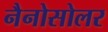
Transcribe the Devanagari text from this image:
नैनोसोलर